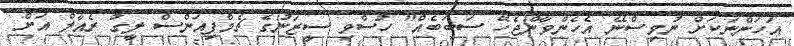
އަހަންނަކަށް ނުވިސްނޭ އެހެންވާންޖެހޭ ސަބަބެއް" ހުސްވި ސީޒަނުގެ ޗެމްޕިއަންސް ލީގު ރެއާލް އަށް